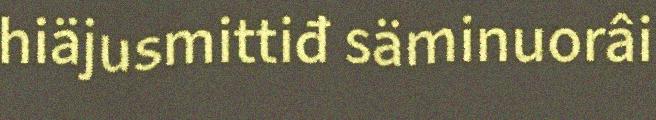
hiäjusmittiđ säminuorâi